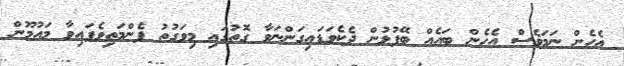
އެހެން ނަމަވެސް އެހެން ބައެއް ބޭފުޅުން ދެކެވަޑައިގަންނަވާ ގޮތުގައި މިވަގުތު ފެންމަތިވެފައިވާ މައުމޫން